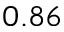
0 . 8 6